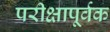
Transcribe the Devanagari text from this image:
परीक्षापूर्वक